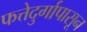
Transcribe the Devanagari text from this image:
फत्तेदुर्गापासून